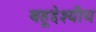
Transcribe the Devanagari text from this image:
बहूद्देश्यीय